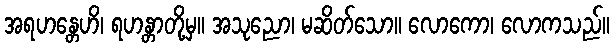
အရဟန္တေဟိ၊ ရဟန္တာတို့မှ။ အသုညော၊ မဆိတ်သော။ လောကော၊ လောကသည်။